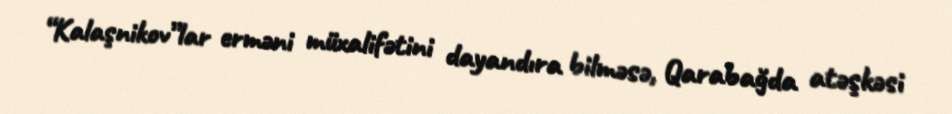
“Kalaşnikov”lar erməni müxalifətini dayandıra bilməsə, Qarabağda atəşkəsi